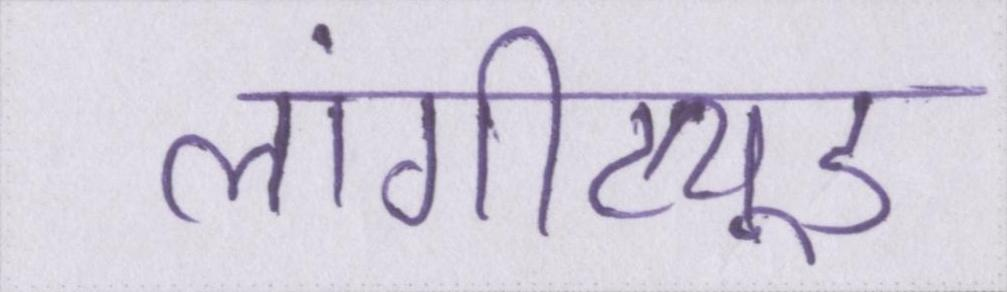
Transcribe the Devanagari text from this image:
लांगीट्यूड